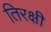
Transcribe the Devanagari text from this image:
तिरक्षी